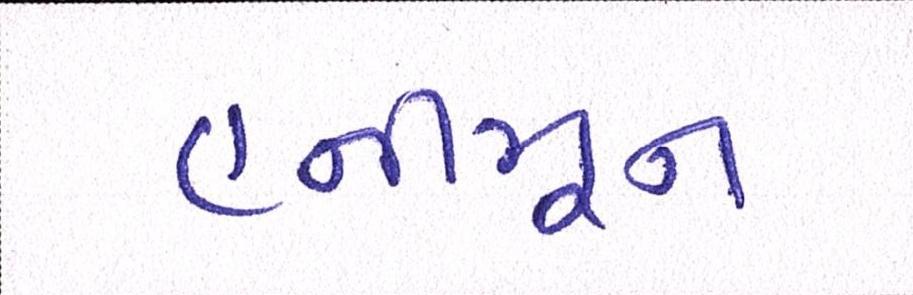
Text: હનીમૂન